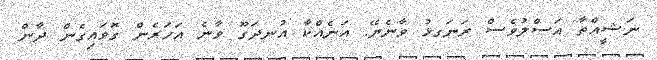
ނަޝީއްތާ އަސްލުވެސް ރަނަގޅު ވާނެޔޭ. އަނެއްކާ އުނދަގޫ ވާނެ އަހަރެން ގޮވައިގެން ދާން